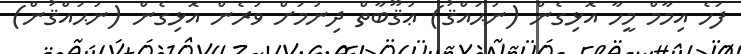
ފަހެ އިމާމް މީހާ އޮޅިގެން (ނުޙައްޤު) ޢުޤޫބާތް ދިނުމަށް ވުރެން އޮޅިގެން (ނުޙައްޤުން)